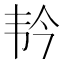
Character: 𫖑